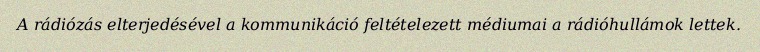
A rádiózás elterjedésével a kommunikáció feltételezett médiumai a rádióhullámok lettek.